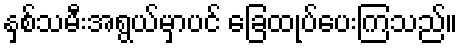
နှစ်သမီးအရွယ်မှာပင် ခြေထုပ်ပေးကြသည်။